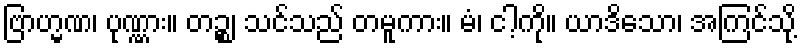
ဗြာဟ္မဏ၊ ပုဏ္ဏား။ တဉ္စ၊ သင်သည် တမူကား။ မံ၊ ငါ့ကို။ ယာဒိသော၊ အကြင်သို့